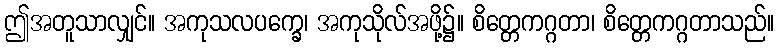
ဤအတူသာလျှင်။ အကုသလပက္ခေ၊ အကုသိုလ်အဖို့၌။ စိတ္တေကဂ္ဂတာ၊ စိတ္တေကဂ္ဂတာသည်။